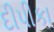
દીપીકા